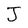
Character: J